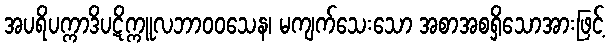
အပရိပက္ကာဒိပဋိက္ကူလဘာဝဝသေန၊ မကျက်သေးသော အစာအစရှိသောအားဖြင့်